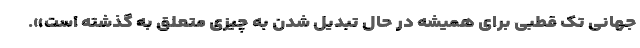
جهانی تک قطبی برای همیشه در حال تبدیل شدن به چیزی متعلق به گذشته است».